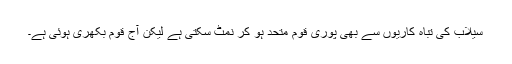
سیلاب کی تباہ کاریوں سے بھی پوری قوم متحد ہو کر نمٹ سکتی ہے لیکن آج قوم بکھری ہوئی ہے۔